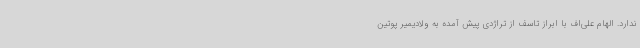
ندارد. الهام علی‌اف با ابراز تاسف از تراژدی پیش آمده به ولادیمیر پوتین